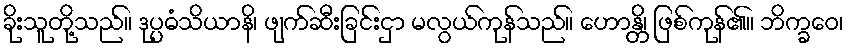
ခိုးသူတို့သည်။ ဒုပ္ပဓံသိယာနိ၊ ဖျက်ဆီးခြင်းငှာ မလွယ်ကုန်သည်။ ဟောန္တိ၊ ဖြစ်ကုန်၏။ ဘိက္ခဝေ၊